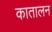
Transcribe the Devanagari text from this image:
कातालन